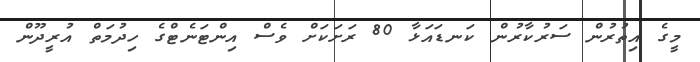
މީގެ އިތުރުން ސަރުކާރުން ކަނޑައަޅާ 80 ރަށަކަށް ވެސް އިންޓަނެޓްގެ ހިދުމަތް އުރީދޫން